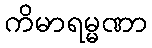
ကိမာရမ္မဏာ